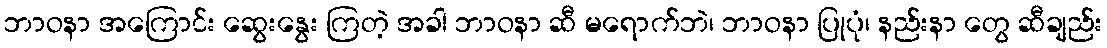
ဘာဝနာ အကြောင်း ဆွေးနွေး ကြတဲ့ အခါ ဘာဝနာ ဆီ မရောက်ဘဲ၊ ဘာဝနာ ပြုပုံ၊ နည်းနာ တွေ ဆီချည်း